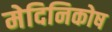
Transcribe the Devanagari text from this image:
मेदिनिकोष